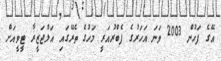
އޭގެ ފަހުން 2003 ވަނަ އަހަރުގެ ފެބްރުއަރީ މަހުގެ ތެރޭގައި އަލްޖަޒީރާ ޓީވީއަށް